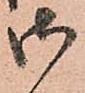
御